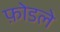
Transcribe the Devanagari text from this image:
फ़ोडले